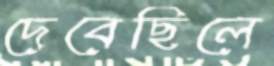
দেবেছিলে